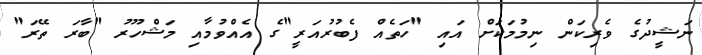
ނަޝީދުގެ ވެރިކަން ނިމުމަކަށް އައި "ހަތެއް ފެބުރުއަރީ"ގެ އެއްވުމާއި މަޝްހޫރު "ބާރަ ތޭރަ"